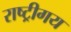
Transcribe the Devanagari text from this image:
राष्ट्रीगय